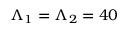
\Lambda _ { 1 } = \Lambda _ { 2 } = 4 0